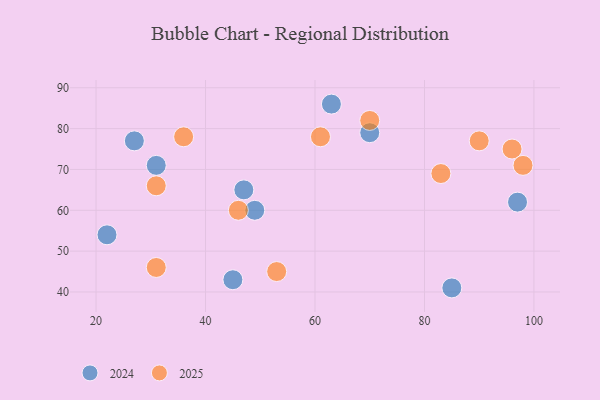
{"axis": {"x": "GDP", "y": "Life Expectancy"}, "legend": ["2024", "2025"], "data": [{"x": "97", "y": 62, "type": "2024"}, {"x": "49", "y": 60, "type": "2024"}, {"x": "27", "y": 77, "type": "2024"}, {"x": "47", "y": 65, "type": "2024"}, {"x": "31", "y": 71, "type": "2024"}, {"x": "63", "y": 86, "type": "2024"}, {"x": "22", "y": 54, "type": "2024"}, {"x": "85", "y": 41, "type": "2024"}, {"x": "45", "y": 43, "type": "2024"}, {"x": "70", "y": 79, "type": "2024"}, {"x": "90", "y": 77, "type": "2025"}, {"x": "83", "y": 69, "type": "2025"}, {"x": "31", "y": 46, "type": "2025"}, {"x": "31", "y": 66, "type": "2025"}, {"x": "70", "y": 82, "type": "2025"}, {"x": "46", "y": 60, "type": "2025"}, {"x": "53", "y": 45, "type": "2025"}, {"x": "36", "y": 78, "type": "2025"}, {"x": "61", "y": 78, "type": "2025"}, {"x": "96", "y": 75, "type": "2025"}, {"x": "98", "y": 71, "type": "2025"}]}